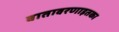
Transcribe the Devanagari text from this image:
वातावरणाइतका